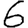
Digit: 6